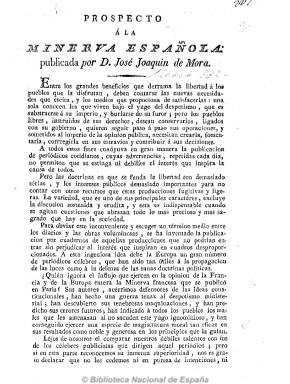
Título: Minerva española
Colección: Periódicos anteriores a 1850
Ámbito geográfico: Madrid
Lugar de publicación: Madrid
Fechas: 01/04/1820-01/04/1820

Se trata del prospecto, sin fecha ni pie de imprenta, que anuncia la aparición de un periódico con esta cabecera, a partir de primeros de mayo de 1820, publicado por el ilustrado José Joaquín Mora, con artículos doctrinales y de fondo, noticias nacionales y extranjeras y extractos de otros periódicos, entre otros contenidos. En este mismo prospecto se señala que se trata de una “empresa diferente” a cualquier Minerva que se haya publicado (en referencia a la publicada por Pedro María de Olive entre 1805 y1818), pero también a cualquier otra que se publique ahora.

Aún así, este título ha dado lugar a confusión, ya que a partir del dos de mayo del mismo año empieza a publicarse también Minerva española, como periódico “político y militar” y frecuencia decenal, redactado y dirigido a militares por el liberal Agustín de Letamendía, en el que colaboran Miguel Tenorio y el conde de Moreti, con una primera época hasta el 31 de octubre de ese año, y otra segunda, desde el uno de enero de 1821 hasta septiembre de este .

Por ello el periódico anunciado por Mora en este prospecto adoptará, sin embargo, el título de Minerva nacional, editando hasta cuatro cuadernos, que forman un primer tomo de mayo a julio de 1820 de 484 páginas, estampados en la Imprenta de Repullés, y en octubre del mismo año se anuncia la continuación de un segundo tomo de un periódico en cuyo prospecto ya se expresaba un carácter constitucionalista y liberal y contrario al despotismo y al fanatismo absolutista.

Mora, que interviene en otros proyectos periodísticos del Trienio Liberal, se radicalizará al final de periodo y se exiliará a Inglaterra en 1823, mientras que en la lista de libros prohibidos por la Inquisición durante la década ominosa aparecen dos tomos de su Minerva nacional, en concreto por el obispo de Cuenca el 22 de noviembre de 1825.